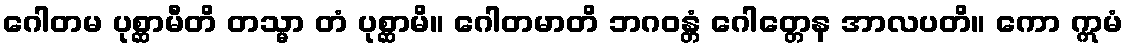
ဂေါတမ ပုစ္ဆာမီတိ တသ္မာ တံ ပုစ္ဆာမိ။ ဂေါတမာတိ ဘဂဝန္တံ ဂေါတ္တေန အာလပတိ။ ကော ဣမံ